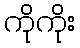
ကိုကိုး